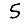
Digit: 5